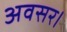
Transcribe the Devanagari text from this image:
अवसर।